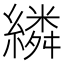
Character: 繗